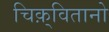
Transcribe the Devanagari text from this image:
चिक़्वितानो